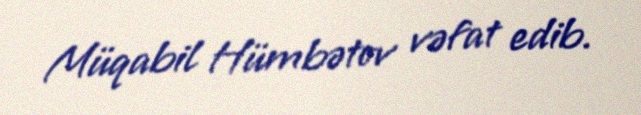
Müqabil Hümbətov vəfat edib.